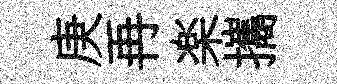
庚再楽攜